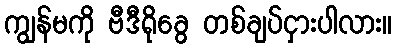
ကျွန်မကို ဗီဒီရိုခွေ တစ်ချပ်ငှားပါလား။